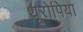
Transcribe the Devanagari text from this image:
थूरोपिया